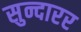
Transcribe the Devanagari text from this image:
सुन्दारर